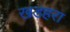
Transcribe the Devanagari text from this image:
खडहरा